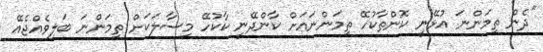
"ދެން ތިމަންނަ އުޅޭނީ ކޮންތާކުހޭ ތިމަންނައަށް ކާންދޭނީ ކާކުހޭ މިސާލަކަށް ތިމަންނަ ބަލިވެއްޖެއޭ